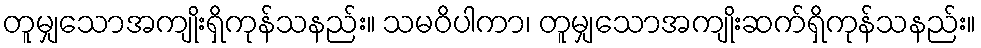
တူမျှသောအကျိုးရှိကုန်သနည်း။ သမဝိပါကာ၊ တူမျှသောအကျိုးဆက်ရှိကုန်သနည်း။